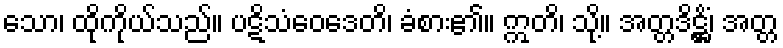
သော၊ ထိုကိုယ်သည်။ ပဋိသံဝေဒေတိ၊ ခံစား၏။ ဣတိ၊ သို့။ အတ္တဒိဋ္ဌိံ၊ အတ္တ